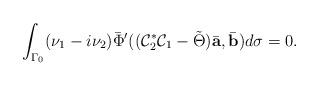
LaTeX: \begin{align*}\int_{\Gamma_0}(\nu_1-i\nu_2)\bar\Phi'((\mathcal C_2^*\mathcal C_1-\tilde\Theta)\bar{\mbox{\bf a}},\bar{\mbox{\bf b}})d\sigma=0.\end{align*}